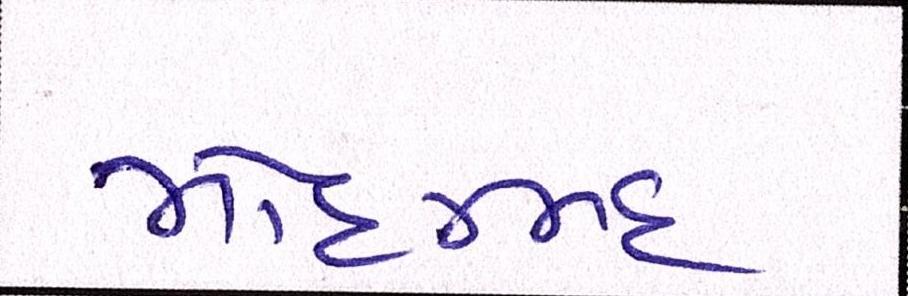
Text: મોહમ્મદ